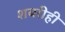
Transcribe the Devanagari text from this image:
शबरीही